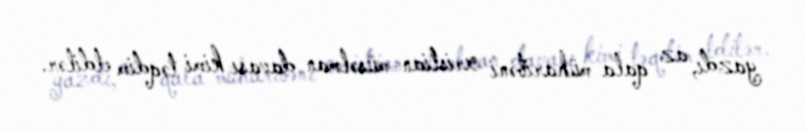
yazdı, az qala müharibəni xristian-müsəlman davası kimi təqdim etdilər.